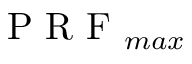
\mathrm { ~ P ~ R ~ F ~ } _ { m a x }